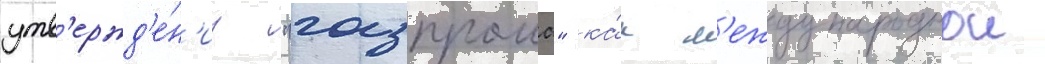
утв'ержд'е́н'иу "газпрома" ка́к м'еждународнои